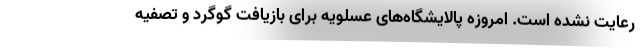
رعایت نشده است. امروزه پالایشگاه‌های عسلویه برای بازیافت گوگرد و تصفیه